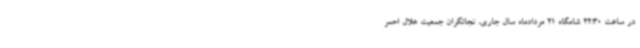
در ساعت 22:30 شامگاه 21 مردادماه سال جاری، نجاتگران جمعیت هلال احمر